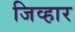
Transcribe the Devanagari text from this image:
जिव्हार